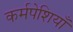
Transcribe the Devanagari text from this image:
कर्मपेशियाँ